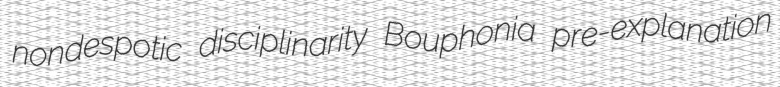
nondespotic disciplinarity Bouphonia pre-explanation